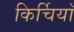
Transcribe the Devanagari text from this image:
किर्चियाँ